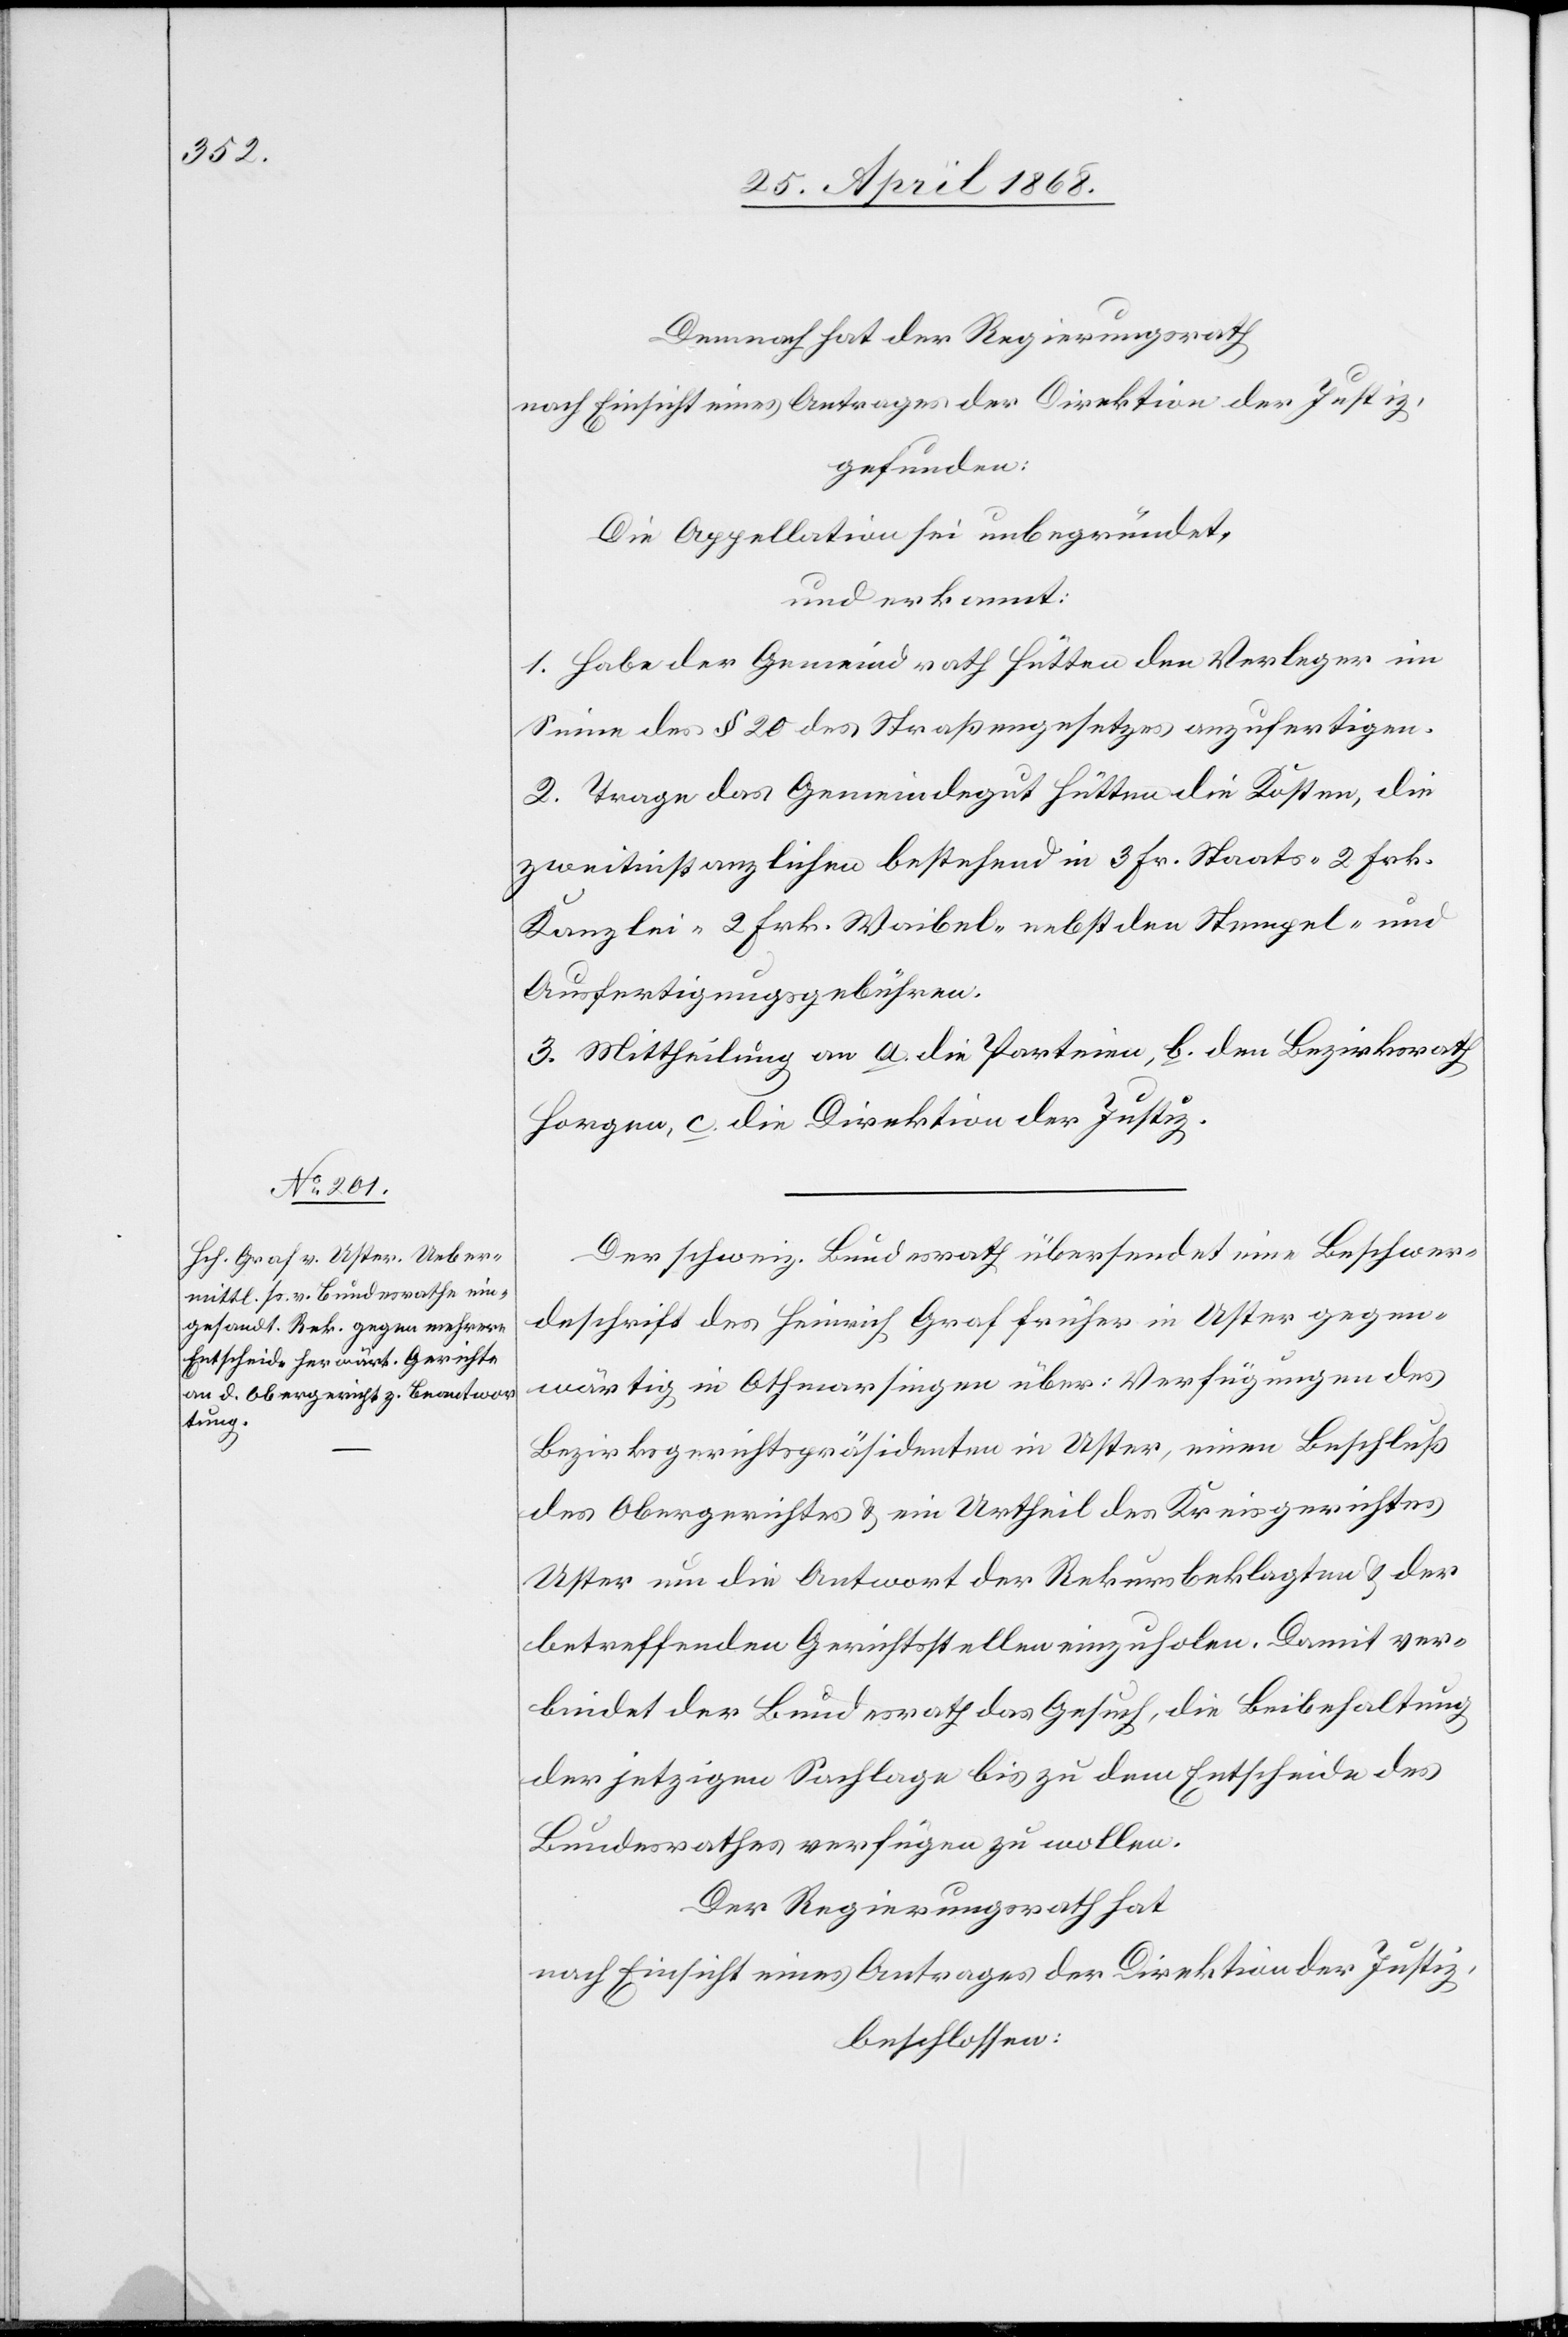
Demnach hat der Regierungsrath
nach Einsicht eines Antrages der Direktion der Justiz,
gefunden:
Die Appellation sei unbegründet,
und erkannt:
1. Habe der Gemeindrath Hütten den Verleger im
Sinne des § 20 des Straßengesetzes anzufertigen.
2. Trage das Gemeindegut Hütten die Kosten, die
zweitinstanzlichen bestehend in 3 Fr. Staats-[,] 2 Frk.
Kanzlei-[,] 2 Frk. Waibel-[,] nebst den Stempel- und
Ausfertigungsgebühren.
3. Mittheilung an a. die Parteien, b. den Bezirksrath
Horgen, c. die Direktion der Justiz.
Der schweiz. Bundesrath übersendet eine Beschwer¬
deschrift des Heinrich Graf früher in Uster gegen¬
wärtig in Othmarsingen über: Verfügungen des
Bezirksgerichtspräsidenten in Uster, einen Beschluß
des Obergerichtes & ein Urtheil des Kreisgerichtes
Uster um die Antwort der Rekursbeklagten & der
betreffenden Gerichtsstellen einzuholen. Damit ver¬
bindet der Bundesrath das Gesuch, die Beibehaltung
der jetzigen Sachlage bis zu dem Entscheide des
Bundesrathes verfügen zu wollen.
Der Regierungsrath hat
nach Einsicht eines Antrages der Direktion der Justiz,
beschlossen: